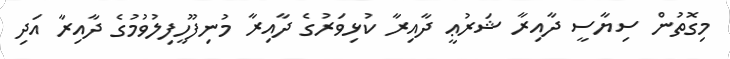
މިގޮތުން ސިޔާސީ ދާއިރާ ޝަރުޢީ ދާއިރާ ކުޅިވަރުގެ ދާއިރާ މުނިފޫހީފިލުވުމުގެ ދާއިރާ އަދި